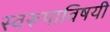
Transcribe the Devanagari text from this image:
स्वरूपाविषयी